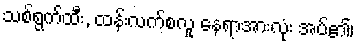
သစ်ရွက်ထီး, ထန်းလက်စလူ နေရာအားလုံး အပ်၏၊